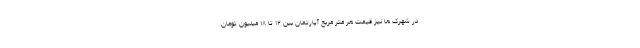
در شهرک ها نیز قیمت هر متر مربع آپارتمان بین ۱۲ تا ۱۸ میلیون تومان